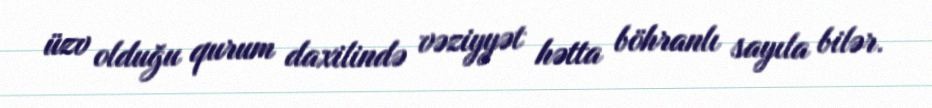
üzv olduğu qurum daxilində vəziyyət hətta böhranlı sayıla bilər.